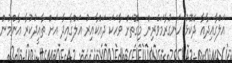
އަލްގާއިދާއާ ދެކޮޅު ހަނގުރާމަވެރިން މިގޮތަށް ވާހަކަ ދައްކާއިރު އަލްގާއިދާ އަށް ތާއީދުކުރާ އާންމުން